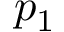
p _ { 1 }